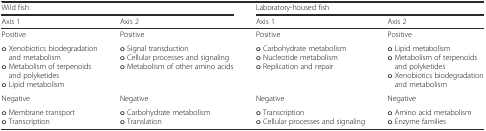
<table><thead><tr><td colspan="2"><b>Wild fish</b></td><td colspan="2"><b>Laboratory-housed fish</b></td></tr><tr><td><b>Axis 1</b></td><td><b>Axis 2</b></td><td><b>Axis 1</b></td><td><b>Axis 2</b></td></tr></thead><tbody><tr><td>Positive</td><td>Positive</td><td>Positive</td><td>Positive</td></tr><tr><td>o Xenobiotics biodegradation and metabolismo Metabolism of terpenoids and polyketideso Lipid metabolism</td><td>o Signal transductiono Cellular processes and signalingo Metabolism of other amino acids</td><td>o Carbohydrate metabolismo Nucleotide metabolismo Replication and repair</td><td>o Lipid metabolismo Metabolism of terpenoids and polyketideso Xenobiotics biodegradation and metabolism</td></tr><tr><td>Negative</td><td>Negative</td><td>Negative</td><td>Negative</td></tr><tr><td>o Membrane transporto Transcription</td><td>o Carbohydrate metabolismo Translation</td><td>o Transcriptiono Cellular processes and signaling</td><td>o Amino acid metabolismo Enzyme families</td></tr></tbody></table>